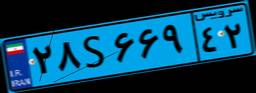
۹۹S۳۱۳۱۹